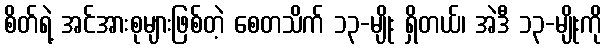
စိတ်ရဲ့ အင်အားစုများဖြစ်တဲ့ စေတသိက် ၁၃-မျိုး ရှိတယ်၊ အဲဒီ ၁၃-မျိုးကို